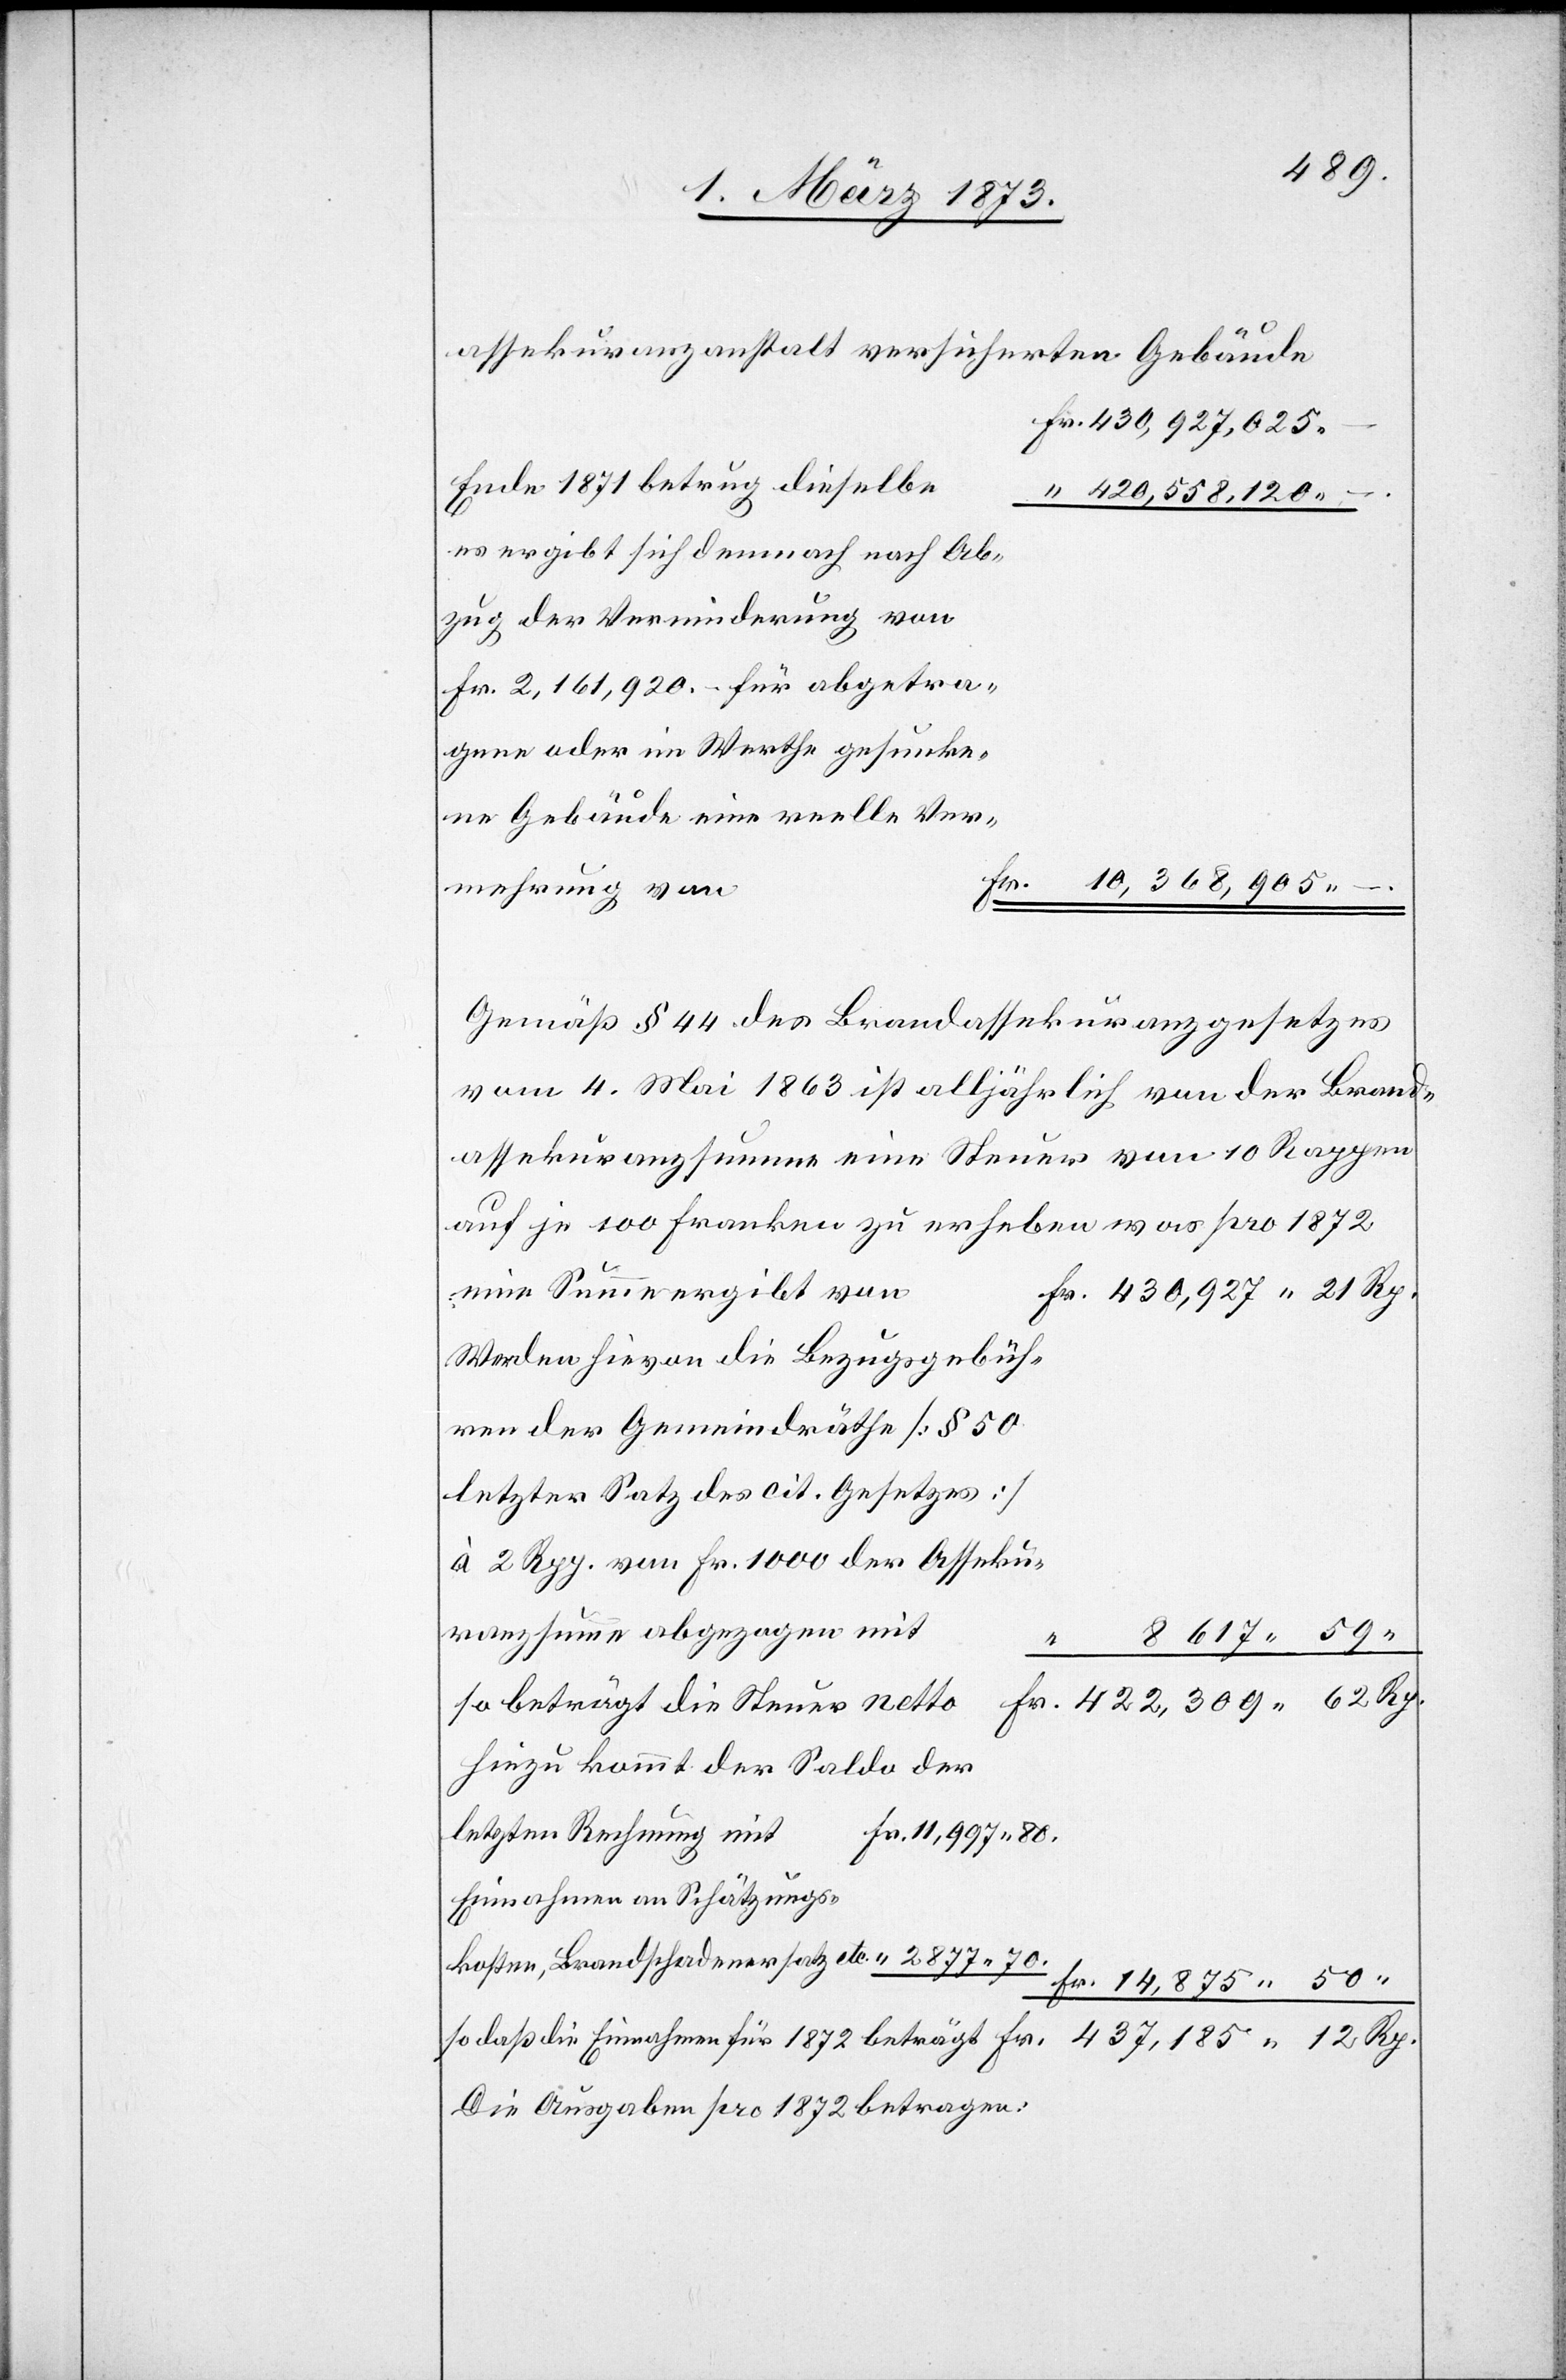
Assekuranzanstalt versicherten Gebäude
Fr. 430,927,025.-
“ 420,558,120.-.
es ergibt sich demnach nach Abzug
der Verminderung von
Fr. 2,161,920.- für abgetrag¬
Gebäude eine reelle Verm¬
Fr. 14,875.50 “
Gemäß § 44 des Brandassekuranzgesetzes
vom 4. Mai 1863 ist alljährlich von der Brand¬
assekuranzsumme eine Steuer von 10 Rappen
auf je 100 Franken zu erheben[,] was pro 1872
eine Summe ergibt
430,927.21 Rp.
Werden hievon die Bezugsgebühren
der Gemeindräthe [§ 50
letzter Satz des cit. Gesetzes]
à 2 Rpp. von Fr. 1000 der Assekur¬
kosten,
so beträgt die Steuer netto					Fr. 422,309.62 Rp.
Hinzu kommt der Saldo der
letzten Rechnung mit 	Fr. 11,997.80.
Einnahmen an Schätzungs¬
so daß die Einnahmen für 1872 beträgt				 Fr. 437,185.12 Rp.